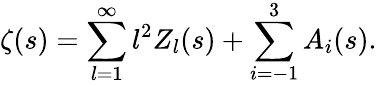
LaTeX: \zeta(s)=\sum_{l=1}^{\infty}l^{2}Z_{l}(s)+\sum_{i=-1}^{3}A_{i}(s).